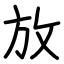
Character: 放